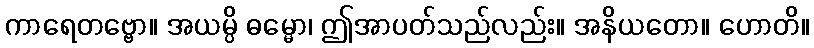
ကာရေတဗ္ဗော။ အယမ္ပိ ဓမ္မော၊ ဤအာပတ်သည်လည်း။ အနိယတော။ ဟောတိ။